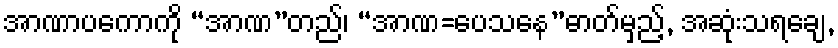
အာဏာပကောကို “အာဏ”တည်၊ “အာဏ=ပေသနေ”ဓာတ်မှည့်, အဆုံးသရချေ,